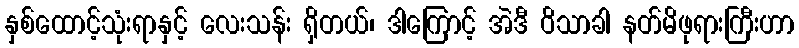
နှစ်ထောင့်သုံးရာနှင့် လေးသန်း ရှိတယ်၊ ဒါကြောင့် အဲဒီ ဝိသာခါ နတ်မိဖုရားကြီးဟာ